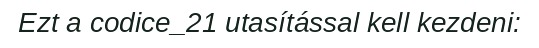
Ezt a codice_21 utasítással kell kezdeni: